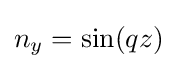
n_{y}=\sin(qz)